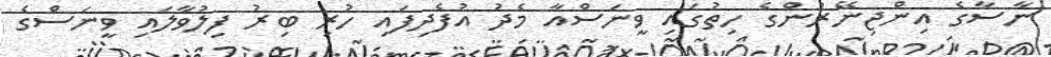
ނާސާގެ އިންޖިނޭރުންގެ ހިތުގައި ވީނަސްއާ މެދު އުފެދިފައި ހުރި ބިރު ފިލުވާލައި ވީނަސްގެ